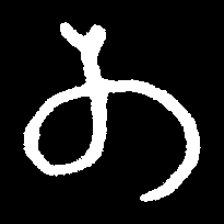
Pyu character \u2014 Myanmar letter: တ (romanized: ta)